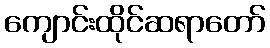
ကျောင်းထိုင်ဆရာတော်